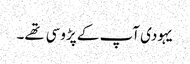
یہودی آپ کے پڑوسی تهے۔